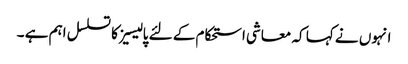
انہوں نے کہا کہ معاشی استحکام کے لئے پالیسیز کا تسلسل اہم ہے ۔